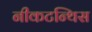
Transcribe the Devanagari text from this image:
नीकटन्थिस